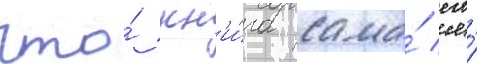
что́ кн'и́га сама́ его́